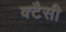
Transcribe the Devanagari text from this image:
क्टैसी